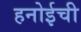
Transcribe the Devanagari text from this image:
हनोईची